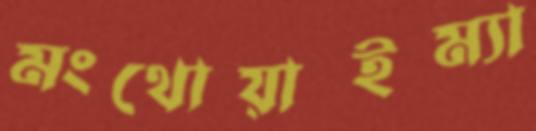
মংথোয়াইম্যা